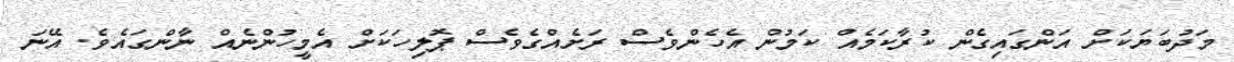
މަދުބަޔަކަށް އަންގައިގެން ކުރާކަމެއް ކަމުން އެހެންވެސް ރަށެއްގެވެސް ޕޮލިހަކަށް އެމީހުންނެއް ނާންގައެވެ. އޭނަ